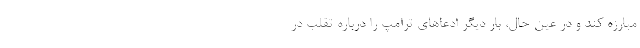
مبارزه کند و در عین حال، بار دیگر ادعاهای ترامپ را درباره تقلب در